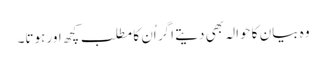
وہ بیان کا حوالہ بھی دیتے اگر اُن کا مطلب کچھ اور ہوتا۔